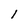
Character: 1